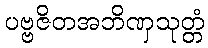
ပဗ္ဗဇိတအဘိဏှသုတ္တံ